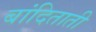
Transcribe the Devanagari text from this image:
बांदिताती